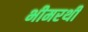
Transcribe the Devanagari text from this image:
भीमरथी